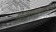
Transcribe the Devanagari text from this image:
विहायापण्णति